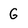
Character: G